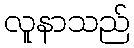
လူနာသည်